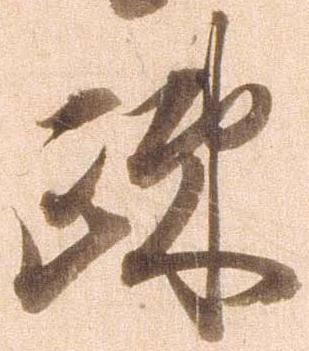
疎